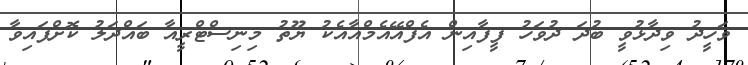
ވަހީދު ވިދާޅުވީ ބުދަ ދުވަހު ފީފާއިން އެފްއޭއެމްއާއެކު ޔޫތު މިނިސްޓްރީއާ ބައްދަލު ކޮށްފައިވާ